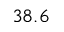
3 8 . 6